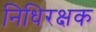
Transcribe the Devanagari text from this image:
निधिरक्षक